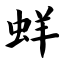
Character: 蛘